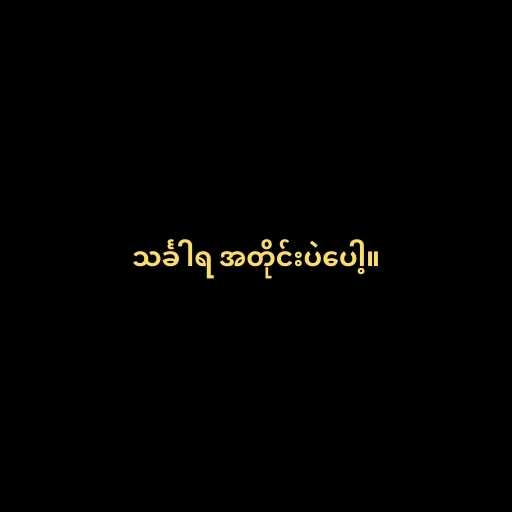
သင်္ခါရ အတိုင်းပဲပေါ့။